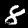
Digit: 8